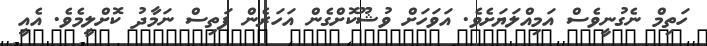
ހަތިމް ނެގުނީވެސް އަމިއްލަޔަށެވެ. އަވަހަށް ވުޝޫކޮށްގެން އަހަރެން ފަތިސް ނަމާދު ކޮށްލީމެވެ. އެއީ